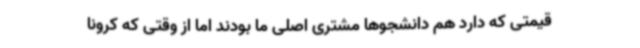
قیمتی که دارد هم دانشجوها مشتری اصلی ما بودند اما از وقتی که کرونا